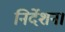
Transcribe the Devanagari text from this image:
निर्देशन।